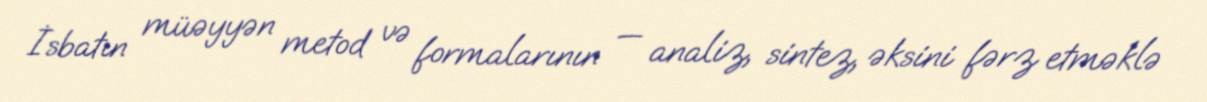
İsbatın müəyyən metod və formalarının — analiz, sintez, əksini fərz etməklə